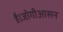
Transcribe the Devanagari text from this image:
है।जोगीआसन